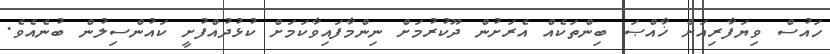
ހައުސް ވިޔަފާރިއަށް ޚާއްޞަ ބިންތަކެއް އެރަށުން ދޫކުރުމަށް ނިންމާފައިވާކަމަށް ކުޅުދުއްފުށީ ކައުންސިލުން ބުނެއެވެ.